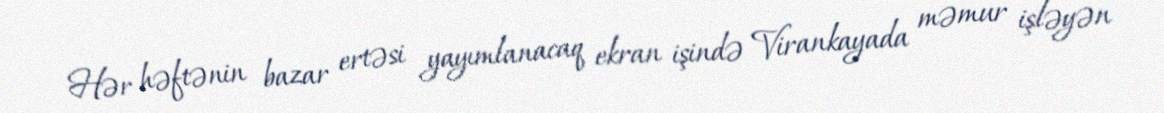
Hər həftənin bazar ertəsi yayımlanacaq ekran işində Virankayada məmur işləyən